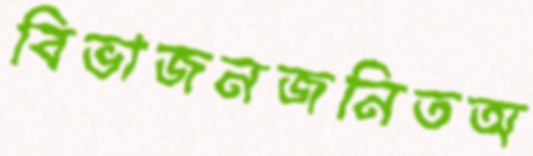
বিভাজনজনিতঅ